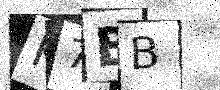
Text: K7BB